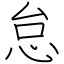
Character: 怠